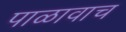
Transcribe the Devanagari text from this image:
पाळावाच